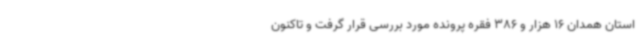
استان همدان 16 هزار و 386 فقره پرونده مورد بررسی قرار گرفت و تاکنون